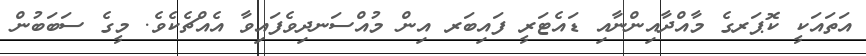
އަތައަކީ ކޮޕަރގެ މާއްދާއިންނާއި ޑައެޓަރީ ފައިބަރ އިން މުއްސަނދިވެފައިވާ އެއްޗެކެވެ. މީގެ ސަބަބުން